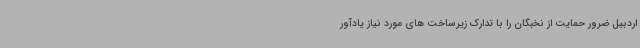
اردبیل ضرور حمایت از نخبگان را با تدارک زیرساخت های مورد نیاز یادآور